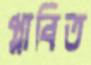
প্লাবিত